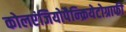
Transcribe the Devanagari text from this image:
कोलएंजियोपैन्क्रियेटोग्राफी